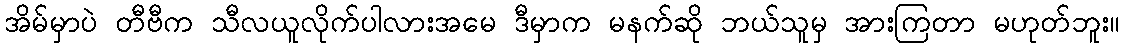
အိမ်မှာပဲ တီဗီက သီလယူလိုက်ပါလားအမေ ဒီမှာက မနက်ဆို ဘယ်သူမှ အားကြတာ မဟုတ်ဘူး။